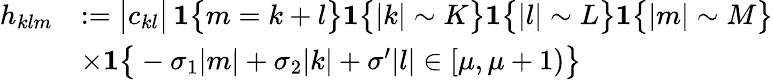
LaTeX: \begin{array}{rl}{h_{klm}}&{:=\big|c_{kl}\big|\, \mathbf{1}\big\{ m=k+l\big\} \mathbf{1}\big\{ |k|\sim K\big\} \mathbf{1}\big\{ |l|\sim L\big\} \mathbf{1}\big\{ |m|\sim M\big\} }\\ &{\times\mathbf{1}\big\{ -\sigma_{1}|m|+\sigma_{2}|k|+\sigma^{\prime}|l|\in[\mu,\mu+1)\big\} }\end{array}